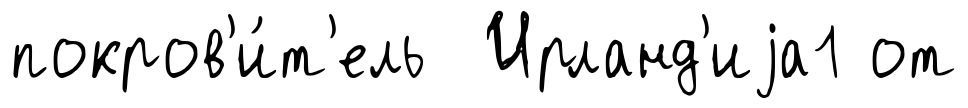
покров'и́т'ель Ирланд'иjа1 от